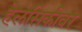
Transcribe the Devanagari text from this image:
हेलसिंकीवर